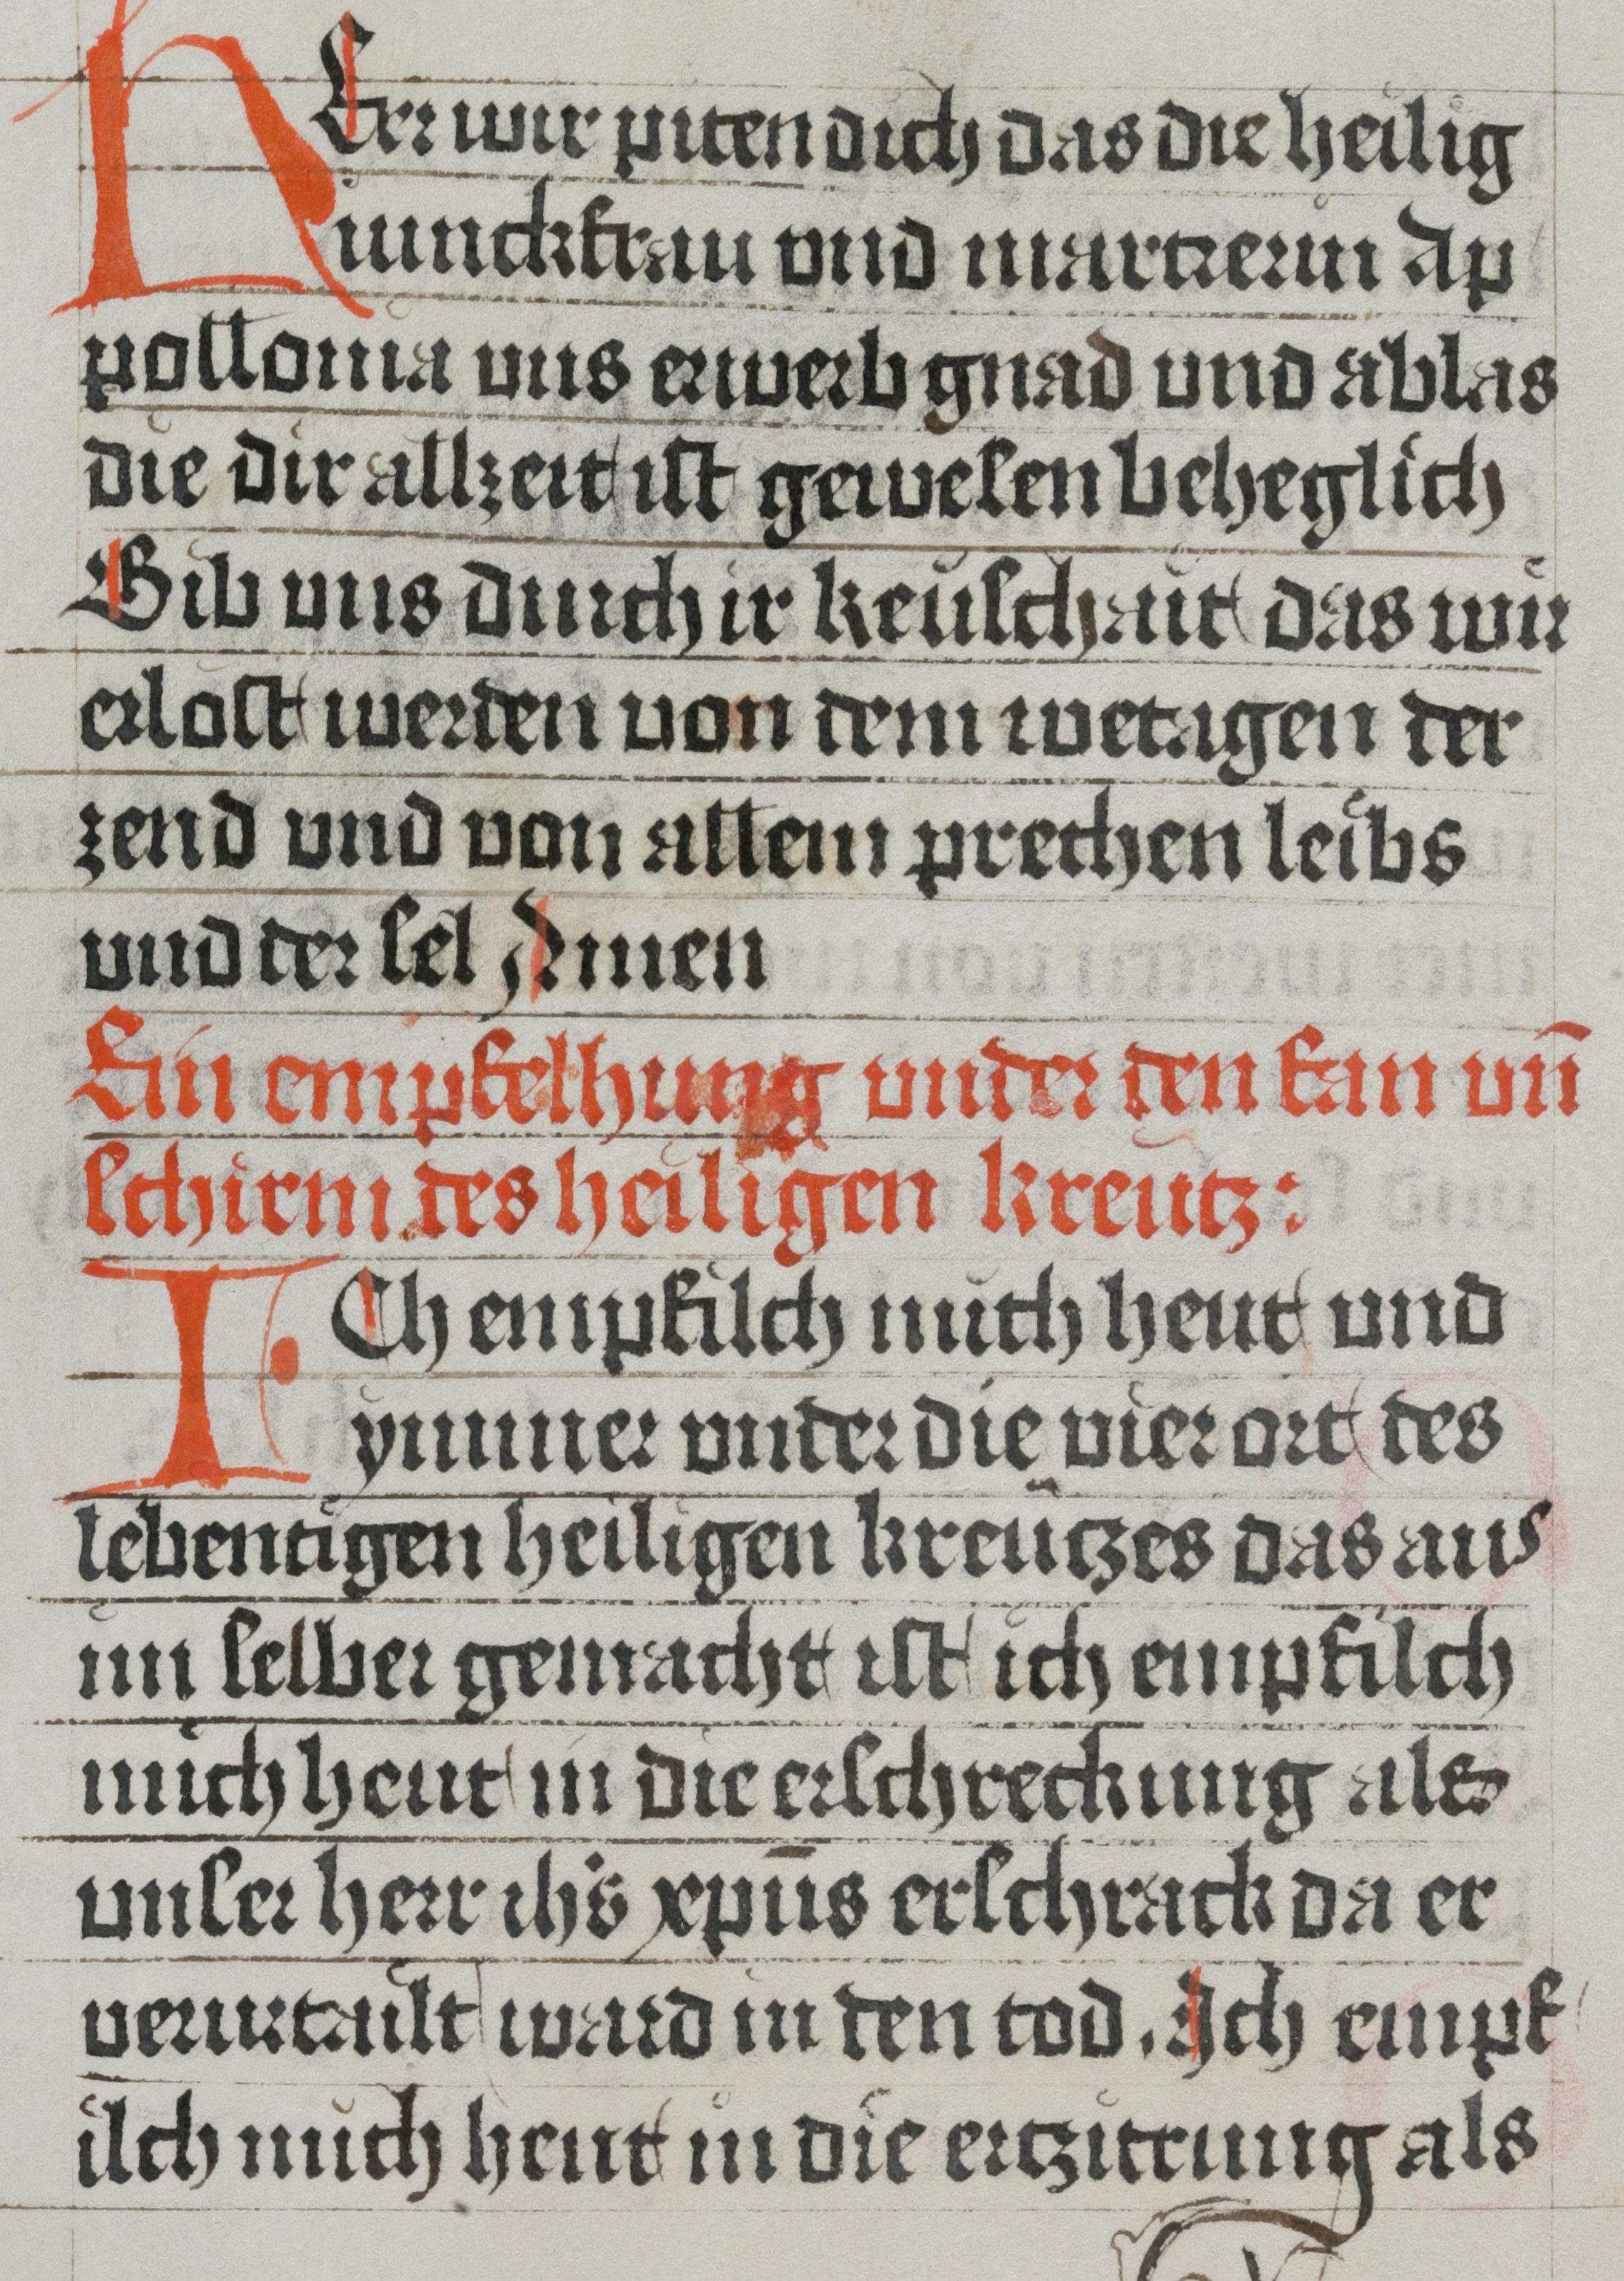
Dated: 1485–1535